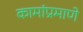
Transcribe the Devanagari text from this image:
कामांप्रमाणे